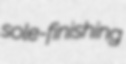
sole-finishing